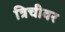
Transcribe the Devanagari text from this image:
त्रिचीवर